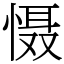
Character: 慑